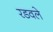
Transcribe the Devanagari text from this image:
रडवले